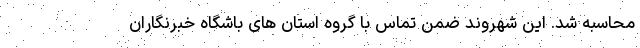
محاسبه شد. این شهروند ضمن تماس با گروه استان های باشگاه خبرنگاران